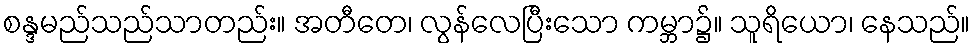
စန္ဒမည်သည်သာတည်း။ အတီတေ၊ လွန်လေပြီးသော ကမ္ဘာ၌။ သူရိယော၊ နေသည်။